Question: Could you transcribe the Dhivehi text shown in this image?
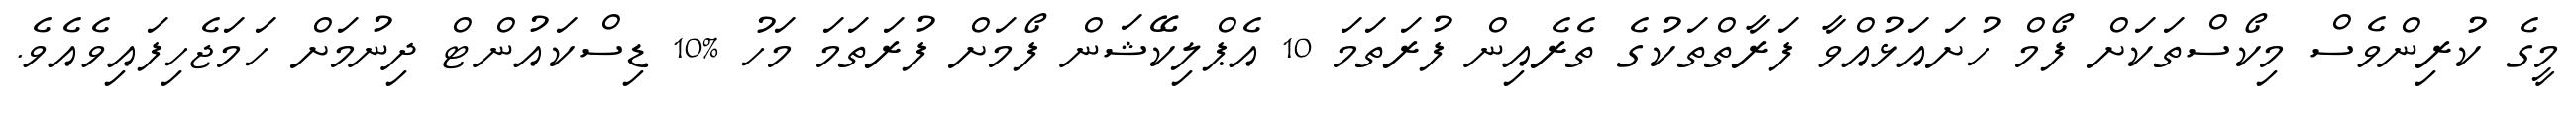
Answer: މީގެ ކުރިންވެސް މިކޯސްތަކަށް ފޯމް ހުށައަޅުއްވާ ފަރާތްތަކުގެ ތެރެއިން ފުރަތަމަ 10 އެޕްލިކޭޝަން ފޯމަށް ފުރަތަމަ މަހު %10 ޑިސްކައުންޓް ދިނުމަށް ހަމަޖެހިފައިވެއެވެ.